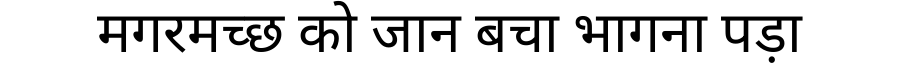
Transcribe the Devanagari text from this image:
मगरमच्छ को जान बचा भागना पड़ा